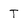
Character: T